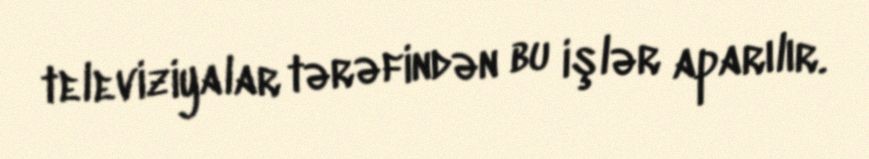
televiziyalar tərəfindən bu işlər aparılır.